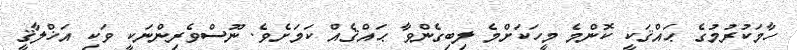
ހާމަކުރުމުގެ ޙައްޤަކީ ކޮންމެ މީހަކަށްމެ ލިބިގެންވާ ޙައްޤެއް ކަމަށެވެ. ނޫސްވެރިންނަކީ ވަކި އަޚްލާޤީ